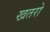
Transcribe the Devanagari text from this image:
खतरो